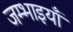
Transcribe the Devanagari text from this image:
जम्भाइयाँ